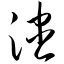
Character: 漶